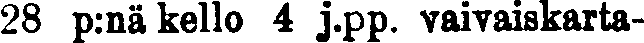
28 p:nä kello 4 j.pp. vaivaiskaita-